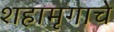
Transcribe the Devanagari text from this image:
शहामृगाचे